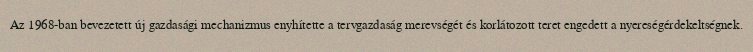
Az 1968-ban bevezetett új gazdasági mechanizmus enyhítette a tervgazdaság merevségét és korlátozott teret engedett a nyereségérdekeltségnek.